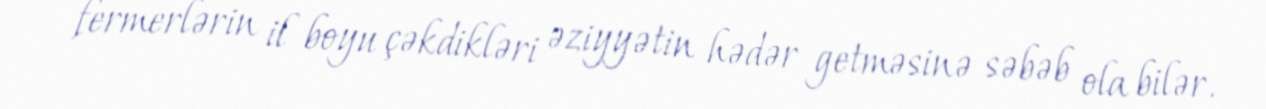
fermerlərin il boyu çəkdikləri əziyyətin hədər getməsinə səbəb ola bilər.